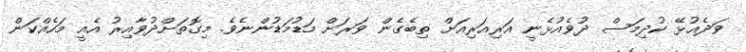
ވަދެއުޅޭ ކުދިމަސް ދުވެއުޅެނީ އަރިއަރިއަށް ތިބެގެން ވަރަށް މަޑުމަޑުންނެވެ. މިގޮތަށްދުވާއިރު އެއީ މަހެއްކަން